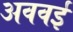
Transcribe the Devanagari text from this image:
अववई